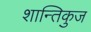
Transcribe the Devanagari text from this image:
शान्तिकुज